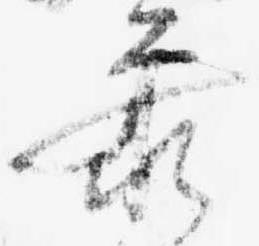
参